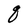
Character: q